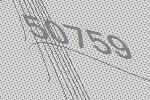
50759